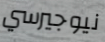
نيوجيرسي